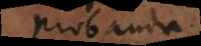
Probanda